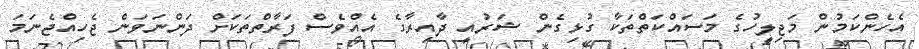
އެހެންކަމުން މަޖިލީހުގެ މަސައްކަތްތަކާ ގުޅިގެން ޝަރުއީ ދާއިރާގެ އެއްވެސް ފަރާތްތަކަށް ދަންނަވަން ޖެހިއްޖެނަމަ